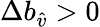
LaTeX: \Delta b_{\hat{v}}>0